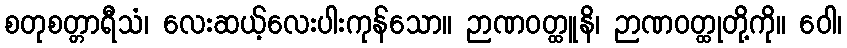
စတုစတ္တာရီသံ၊ လေးဆယ့်လေးပါးကုန်သော။ ဉာဏဝတ္ထူနိ၊ ဉာဏဝတ္ထုတို့ကို။ ဝေါ၊